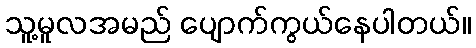
သူ့မူလအမည် ပျောက်ကွယ်နေပါတယ်။